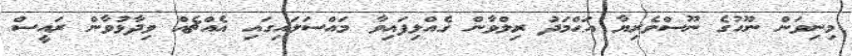
މިނިވަން ނޫހުގެ ނޫސްވެރިޔާ އަޙްމަދު ރިލްވާން ގެއްލިފައިވާ މައްސަލައިގައި އެއްޗެއް ވިދާޅުވާން ރައީސް